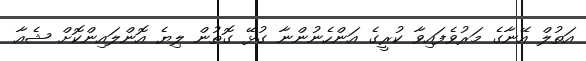
އަތުލް އޭނާގެ މަރުވެފައިވާ ކުރީގެ އަންހެނުންނާ ގުޅޭ ގޮތުން ލިޔެ އޮންލައިންކޮށް ޝެއާ